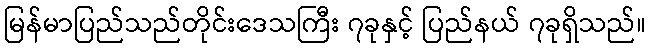
မြန်မာပြည်သည်တိုင်းဒေသကြီး ၇ခုနှင့် ပြည်နယ် ၇ခုရှိသည်။